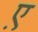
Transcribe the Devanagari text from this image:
ए़